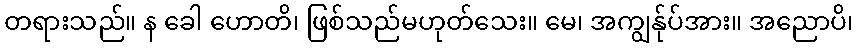
တရားသည်။ န ခေါ ဟောတိ၊ ဖြစ်သည်မဟုတ်သေး။ မေ၊ အကျွန်ုပ်အား။ အညောပိ၊